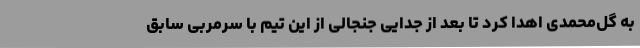
به گل‌محمدی اهدا کرد تا بعد از جدایی جنجالی از این تیم با سرمربی سابق